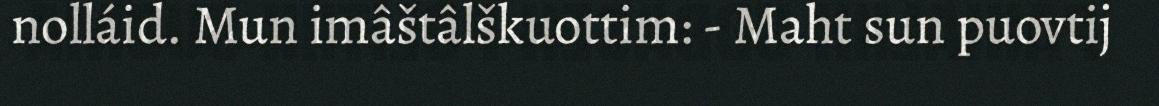
nolláid. Mun imâštâlškuottim: - Maht sun puovtij